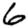
Digit: 6